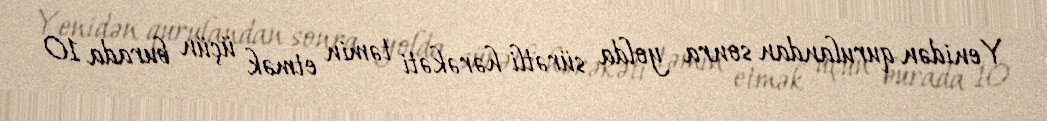
Yenidən qurulandan sonra yolda sürətli hərəkəti təmin etmək üçün burada 10